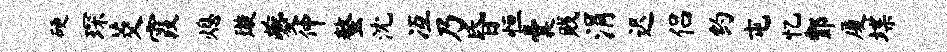
硬琛茭霞熄璇夔仲螯沈冱乃昏恒囊贱涓迟侣约屯忆酆厦堞